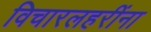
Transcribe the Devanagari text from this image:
विचारलहरींना